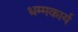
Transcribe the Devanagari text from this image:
धम्मकार्य